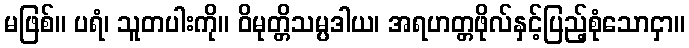
မဖြစ်။ ပရံ၊ သူတပါးကို။ ဝိမုတ္တိသမ္ပဒါယ၊ အရဟတ္တဖိုလ်နှင့်ပြည့်စုံသောငှာ။